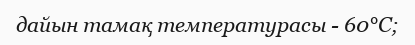
дайын тамақ температурасы - 60°С;